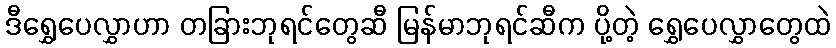
ဒီရွှေပေလွှာဟာ တခြားဘုရင်တွေဆီ မြန်မာဘုရင်ဆီက ပို့တဲ့ ရွှေပေလွှာတွေထဲ